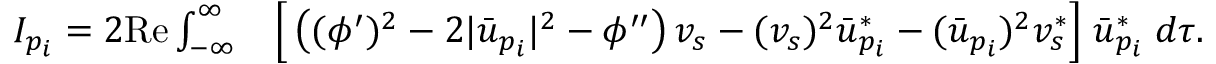
\begin{array} { r l } { I _ { p _ { i } } = 2 \mathrm { R e } \int _ { - \infty } ^ { \infty } } & { { } \Big [ \left( ( \phi ^ { \prime } ) ^ { 2 } - 2 | \bar { u } _ { p _ { i } } | ^ { 2 } - \phi ^ { \prime \prime } \right) v _ { s } - ( v _ { s } ) ^ { 2 } \bar { u } _ { p _ { i } } ^ { * } - ( \bar { u } _ { p _ { i } } ) ^ { 2 } v _ { s } ^ { * } \Big ] \; \bar { u } _ { p _ { i } } ^ { * } \; d \tau . } \end{array}